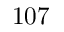
1 0 7